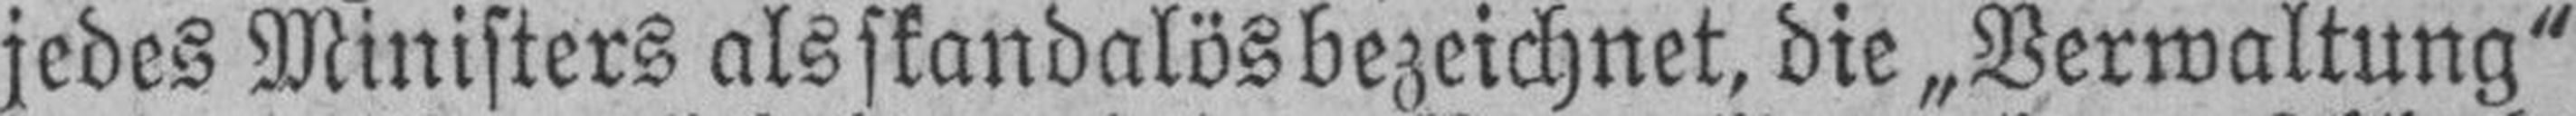
jedes Ministers als skandalös bezeichnet, die „Verwaltung"